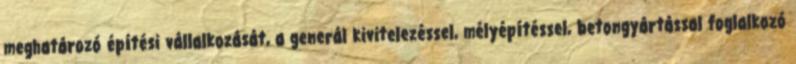
meghatározó építési vállalkozását, a generál kivitelezéssel, mélyépítéssel, betongyártással foglalkozó